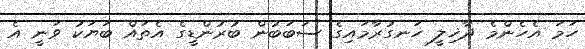
ހަމަ އެހެންމެ ދާޚިލީ ހަނގުރާމައިގެ ސަބަބުން ބުރުންޑީގެ އެތައް ބަޔަކު ވަނީ އެ